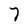
Character: 7